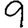
Digit: 9